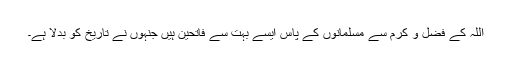
اللہ کے فضل و کرم سے مسلمانوں کے پاس ایسے بہت سے فاتحین ہیں جنہوں نے تاریخ کو بدلا ہے۔